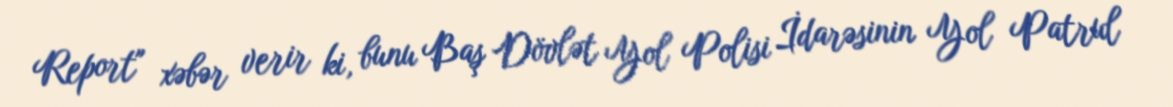
Report" xəbər verir ki, bunu Baş Dövlət Yol Polisi İdarəsinin Yol Patrul